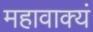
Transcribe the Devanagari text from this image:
महावाक्यं